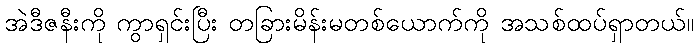
အဲဒီဇနီးကို ကွာရှင်းပြီး တခြားမိန်းမတစ်ယောက်ကို အသစ်ထပ်ရှာတယ်။